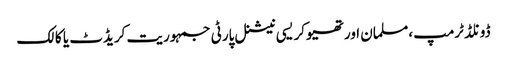
ڈونلڈ ٹرمپ ،مسلمان اور تھیوکریسی نیشنل پارٹی جمہوریت کریڈٹ یا کالک